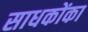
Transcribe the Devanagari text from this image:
साधकोंका